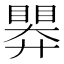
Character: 𭿗